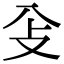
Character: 𠓠